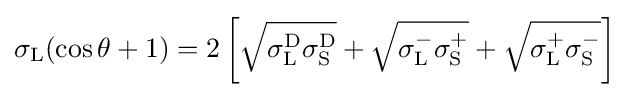
\sigma _{\text{L}}(\cos \theta +1)=2\left[{\sqrt {\sigma _{\text{L}}^{\text{D}}\sigma _{\text{S}}^{\text{D}}}}+{\sqrt {\sigma _{\text{L}}^{-}\sigma _{\text{S}}^{+}}}+{\sqrt {\sigma _{\text{L}}^{+}\sigma _{\text{S}}^{-}}}\right]